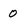
Character: 0